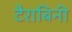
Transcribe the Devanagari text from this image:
टैराबिनी